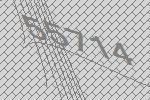
55714